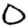
Digit: 0